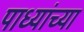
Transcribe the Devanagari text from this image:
पाध्यांच्या